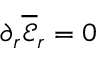
\partial _ { r } \mathcal { \overline { { E } } } _ { r } = 0